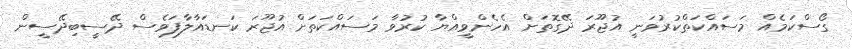
ގޯސްކަމެއް މަސައްކަތްކުރުވަނީ އުޖޫރަ ދޭގޮތަށް އެހެންވީއްޔާ ކުރުވާ މަސައްކަތަށް އުޖޫރަ ކަނޑައާލާފަވެސް ދޭސީބިދޭސީން